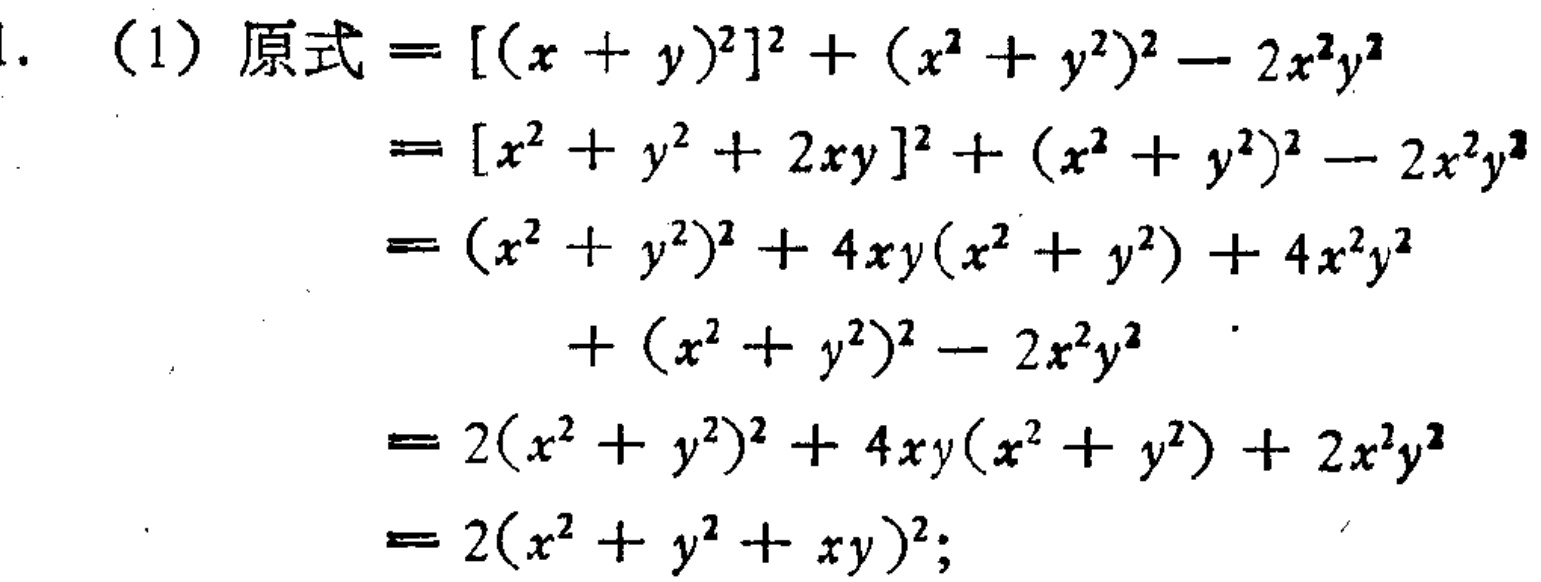
1. （1）原式\(=[(x + y)^2]^2+(x^2 + y^2)^2-2x^2y^2\)

\(=[x^2 + y^2 + 2xy]^2+(x^2 + y^2)^2-2x^2y^2\)

\(=(x^2 + y^2)^2 + 4xy(x^2 + y^2)+4x^2y^2\)

\(+(x^2 + y^2)^2-2x^2y^2\)

\(=2(x^2 + y^2)^2 + 4xy(x^2 + y^2)+2x^2y^2\)

\(=2(x^2 + y^2 + xy)^2\)；